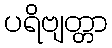
ပရိဗျတ္တာ